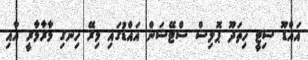
އައްޑޫ ސިޓީ ހިތަދޫ ޕޮލިސް ސްޓޭޝަން އައްޑުގައި މިރޭ ހިނގި މާރާމާރީ އާއި